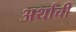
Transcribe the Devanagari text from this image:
अर्थांची